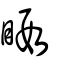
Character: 睱